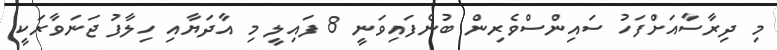
މި ދިރާސާއަށްފަހު ސައިންސްވެރިން ބުނެފައިވަނީ 8 ފައިލީ މި އާދަޔާއި ހިލާފު ޖަނަވާރަކީ